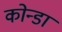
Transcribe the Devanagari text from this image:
कोन्डा